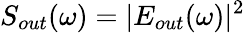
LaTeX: S_{out}(\omega)=|E_{out}(\omega)|^{2}